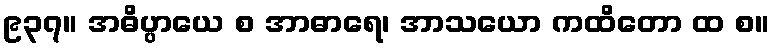
၉၃၇။ အဓိပ္ပာယေ စ အာဓာရေ၊ အာသယော ကထိတော ထ စ။